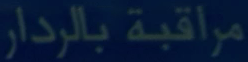
مراقبة بالرادار